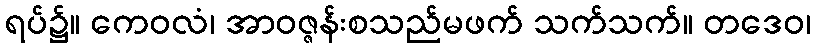
ရပ်၌။ ကေဝလံ၊ အာဝဇ္ဇန်းစသည်မဖက် သက်သက်။ တဒေဝ၊